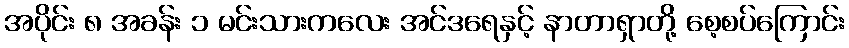
အပိုင်း ၈ အခန်း ၁ မင်းသားကလေး အင်ဒရေနှင့် နာတာရှာတို့ စေ့စပ်ကြောင်း